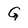
Character: G